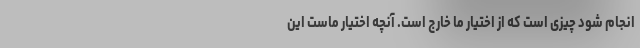
انجام شود چیزی است که از اختیار ما خارج است. آنچه اختیار ماست این